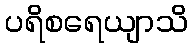
ပရိစရေယျာသိ